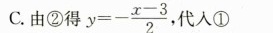
C. 由②得 $$y=- \frac{x-3}{2},$$ ，代人①